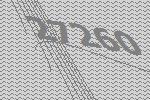
27260